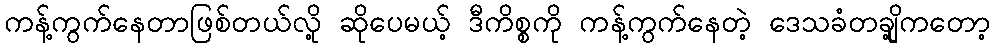
ကန့်ကွက်နေတာဖြစ်တယ်လို့ ဆိုပေမယ့် ဒီကိစ္စကို ကန့်ကွက်နေတဲ့ ဒေသခံတချို့ကတော့